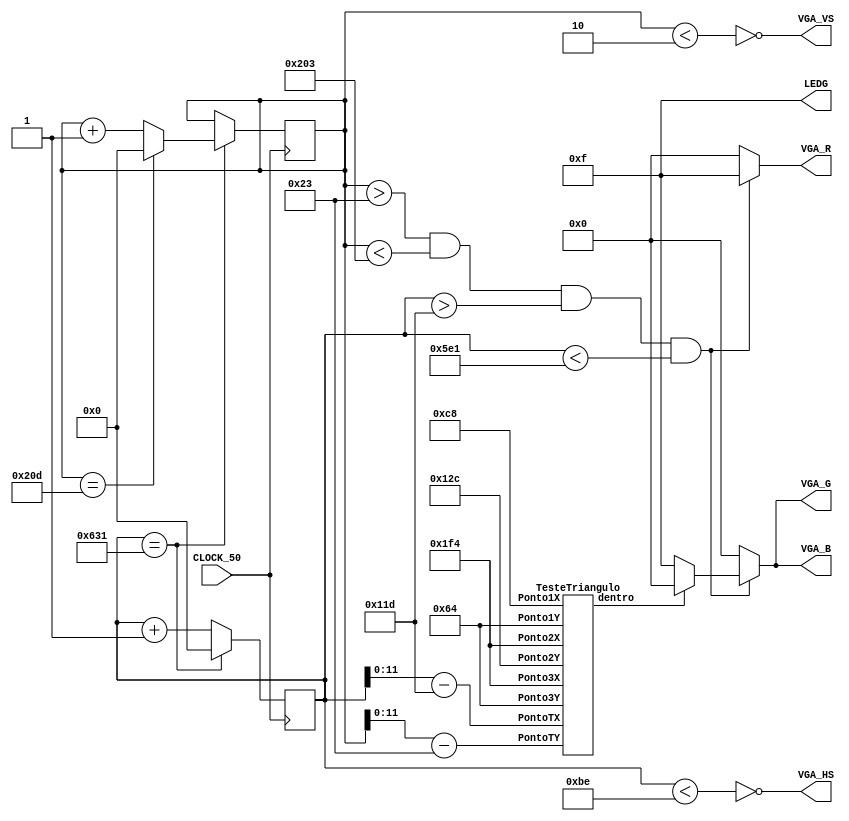
module VGA(
 input CLOCK_50,
 output [3:0] VGA_R,
 output [3:0] VGA_G,
 output [3:0] VGA_B,
 output [3:0] LEDG,
 output VGA_HS,
 output VGA_VS
);


reg [30:0] h_count = 0;
reg [30:0] v_count = 0;

reg [3:0] R;
reg [3:0] G;
reg [3:0] B;

assign LEDG = 4'b1111;

assign VGA_HS = ~(h_count < 190);
assign VGA_VS = ~(v_count < 2);

wire [12:0] x;
wire [12:0] y;

assign x = h_count - 285;
assign y = v_count - 35;

wire q = (x > 0) & (x < 1300) & (y > 0) & (y < 505);

wire [11:0] Ponto1X = 200;
wire [11:0] Ponto1Y = 100;

wire [11:0] Ponto2X = 500;
wire [11:0] Ponto2Y = 300;

wire [11:0] Ponto3X = 500;
wire [11:0] Ponto3Y = 100;

wire [11:0] PontoTX;
wire [11:0] PontoTY;

assign PontoTX = x;
assign PontoTY = y;

wire Dentro;

TesteTriangulo A(Ponto1X, Ponto1Y, Ponto2X, Ponto2Y, Ponto3X, Ponto3Y, PontoTX, PontoTY, Dentro);

wire visible;
assign visible = (v_count > 35) & (v_count < 515) & (h_count > 285) & (h_count < 1505);


assign VGA_R = visible ? R : 0;
assign VGA_G = visible ? G : 0;
assign VGA_B = visible ? B : 0;

always @(posedge CLOCK_50) begin
 if(h_count == 1585) begin
 h_count <= 0;
 if(v_count == 525) begin
 v_count <= 0;
 end
 else begin
 v_count <= v_count + 1;
 end
 end
 else begin
 h_count <= h_count + 1;
 end
end
always@(*) begin
	if(Dentro) begin
	R <= 4'hf;
	G <= 4'h0;
	B <= 4'h0;
	end
	else begin
	R <= 4'hf;
	G <= 4'hf;
	B <= 4'hf;
	end
end

endmodule

module sinal (

 input [11:0] Ponto1X,
 input [11:0] Ponto1Y,

 input [11:0] Ponto2X,
 input [11:0] Ponto2Y,

 input [11:0] PontoTX,
 input [11:0] PontoTY,

 output Dentro

 );

 // Declarao dos Fios
 wire signed [11:0] Subtracao1;
 wire signed [11:0] Subtracao2;
 wire signed [11:0] Subtracao3;
 wire signed [11:0] Subtracao4;

 wire signed [22:0] Multiplicacao1;
 wire signed [22:0] Multiplicacao2;

 wire signed [22:0] Subtracao5; // comparador


 // Ligao dos Fios

 assign Subtracao1 = PontoTX - Ponto2Y;
 assign Subtracao2 = Ponto1Y - Ponto2Y;
 assign Subtracao3 = Ponto1X - Ponto2X;
 assign Subtracao4 = PontoTY - Ponto2Y;

 assign Multiplicacao1 = Subtracao1 * Subtracao2;
 assign Multiplicacao2 = Subtracao3 * Subtracao4;

 assign Subtracao5 = Multiplicacao1 - Multiplicacao2;

 assign sinal = (Subtracao5 >= 0) ? 1 : 0; //==== Verifica se o resultado da ultima multiplicao  maior ou igual a zero e retornar o sinal 1 ou 0.

endmodule


module TesteTriangulo (
 input [11:0] Ponto1X,
 input [11:0] Ponto1Y,

 input [11:0] Ponto2X,
 input [11:0] Ponto2Y,

 input [11:0] Ponto3X,
 input [11:0] Ponto3Y,

 input [11:0] PontoTX, // x
 input [11:0] PontoTY, // y

 output dentro
 );

 wire sinal1;
 wire sinal2;
 wire sinal3;

 sinal S1(Ponto1X, Ponto1Y, Ponto2X, Ponto2Y, PontoTX, PontoTY, sinal1);
 sinal S2(Ponto2X, Ponto2Y, Ponto3X, Ponto3Y, PontoTX, PontoTY, sinal2);
 sinal S3(Ponto3X, Ponto3Y, Ponto1X, Ponto1Y, PontoTX, PontoTY, sinal3);

 assign dentro = (sinal1 == 1 && sinal2 == 1 && sinal3 == 1) ? 1:0;
endmodule

module Teste;
 reg [11:0] Ponto1X;
 reg [11:0] Ponto1Y;

 reg [11:0] Ponto2X;
 reg [11:0] Ponto2Y;

 reg [11:0] Ponto3X;
 reg [11:0] Ponto3Y;

 reg [11:0] PontoTX;
 reg [11:0] PontoTY;

 wire Dentro;

 TesteTriangulo A(Ponto1X, Ponto1Y, Ponto2X, Ponto2Y, Ponto3X, Ponto3Y, PontoTX, PontoTY, Dentro);

endmodule